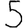
Digit: 5